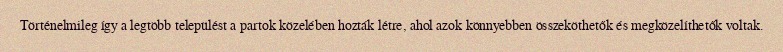
Történelmileg így a legtöbb települést a partok közelében hozták létre, ahol azok könnyebben összeköthetők és megközelíthetők voltak.